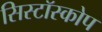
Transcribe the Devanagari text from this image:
सिस्टॉस्कोप